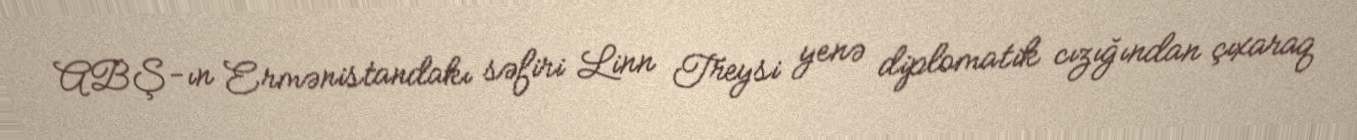
ABŞ-ın Ermənistandakı səfiri Linn Treysi yenə diplomatik cızığından çıxaraq